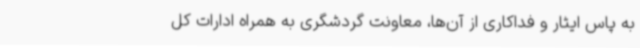
به پاس ایثار و فداکاری از آن‌ها، معاونت گردشگری به همراه ادارات کل